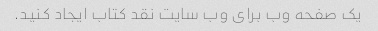
یک صفحه وب برای وب سایت نقد کتاب ایجاد کنید.